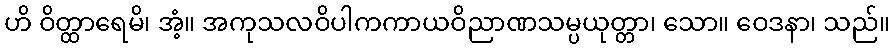
ဟိ ဝိတ္ထာရေမိ၊ အံ့။ အကုသလဝိပါကကာယဝိညာဏသမ္ပယုတ္တာ၊ သော။ ဝေဒနာ၊ သည်။